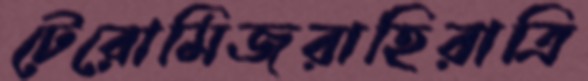
টেরোমিজরাহিরাত্রি